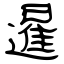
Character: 暹